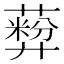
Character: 𬞦